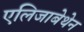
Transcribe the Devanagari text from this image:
एलिजाबेथेन